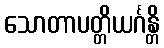
သောတာပတ္တိယင်္ဂန္တိ